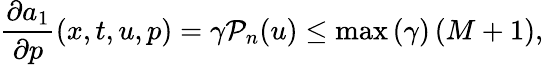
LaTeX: \frac{\partial a_{1}}{\partial p}(x,t,u,p)=\gamma\mathcal{P}_{n}(u)\leq\operatorname*{max}{\left(\gamma\right)}\left(M+1\right),